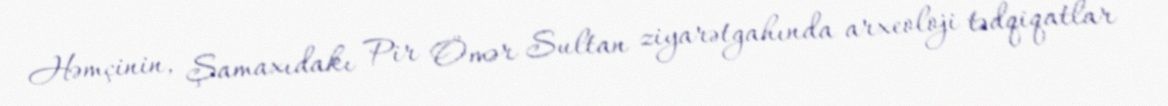
Həmçinin, Şamaxıdakı Pir Ömər Sultan ziyarətgahında arxeoloji tədqiqatlar